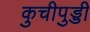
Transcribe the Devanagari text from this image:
कुचीपुड्डी